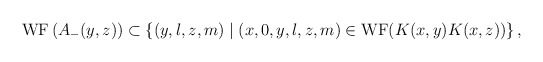
\begin{align*}{\rm WF}\, (A_-(y,z))\subset \{ (y,l,z,m)\mid (x,0,y,l,z,m)\in{\rm WF}(K(x,y)K(x,z))\} \, ,\end{align*}